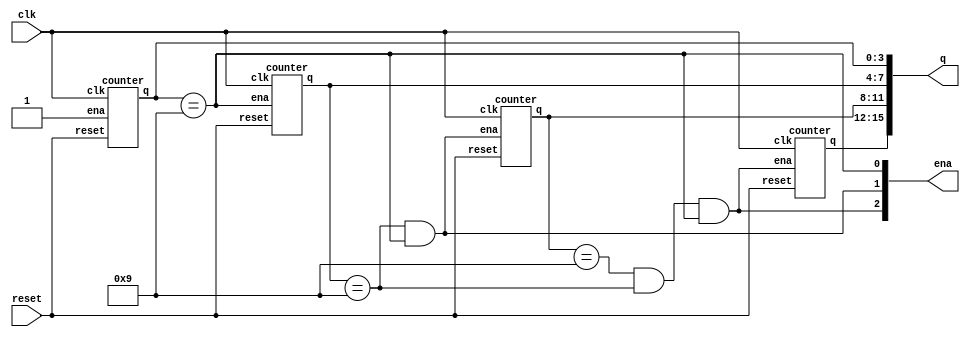
module top_module (
    input clk,
    input reset,   // Synchronous active-high reset
    output [3:1] ena,
    output [15:0] q);


assign ena = {q[11:8]==4'd9 && q[7:4]==4'd9 && q[3:0] == 4'd9 , q[7:4]==4'd9 && q[3:0] == 4'd9 , q[3:0] == 4'd9 };

counter a  (clk,reset,1'b1, q[3:0]);
counter b  (clk,reset,ena[1], q[7:4]);
counter c  (clk,reset,ena[2], q[11:8]);
counter d  (clk,reset,ena[3], q[15:12]);


endmodule

module counter(
    input clk,
    input reset,
    input ena,
    output reg [3:0] q

);

always @(posedge clk) begin

if(reset) q <= 0;
else if (ena && q == 4'd9) q <= 0;
else if (ena) q <= q+1;
else q<=q;

end



endmodule